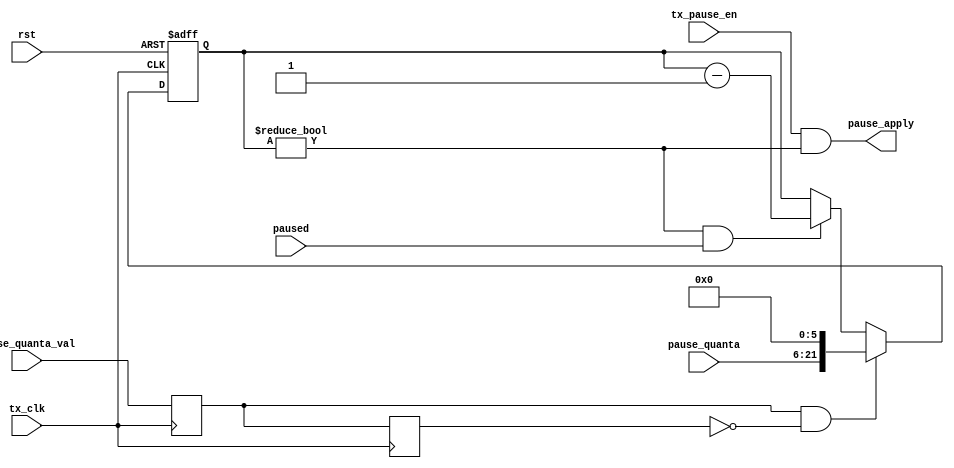
module flow_ctrl_tx
  (input        rst,
   input        tx_clk,
   //host processor
   input        tx_pause_en,
   // From MAC_rx_ctrl
   input [15:0] pause_quanta,
   input        pause_quanta_val,
   // MAC_tx_ctrl
   output       pause_apply,
   input        paused);
     
   // ******************************************************************************        
   // Inhibit our TX from transmitting because they sent us a PAUSE frame
   // ******************************************************************************

   // Pauses are in units of 512 bit times, or 64 bytes/clock cycles, and can be
   //   as big as 16 bits, so 22 bits are needed for the counter
   
   reg [15+6:0] pause_quanta_counter;
   reg 		pqval_d1, pqval_d2;		

   always @(posedge tx_clk) pqval_d1 <= pause_quanta_val;
   always @(posedge tx_clk) pqval_d2 <= pqval_d1;

   always @ (posedge tx_clk or posedge rst)
     if (rst)
       pause_quanta_counter <= 0;
     else if (pqval_d1 & ~pqval_d2)
       pause_quanta_counter <= {pause_quanta, 6'b0}; 
     else if((pause_quanta_counter!=0) & paused)
       pause_quanta_counter <= pause_quanta_counter - 1;

   assign	pause_apply = tx_pause_en & (pause_quanta_counter != 0);
   
endmodule